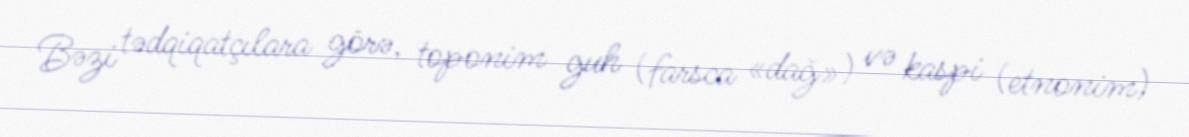
Bəzi tədqiqatçılara görə, toponim guh (farsca «dağ») və kaspi (etnonim)